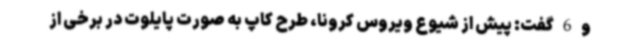
و 6 گفت: پیش از شیوع ویروس کرونا، طرح کاپ به صورت پایلوت در برخی از